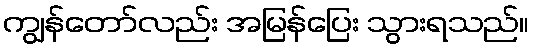
ကျွန်တော်လည်း အမြန်ပြေး သွားရသည်။